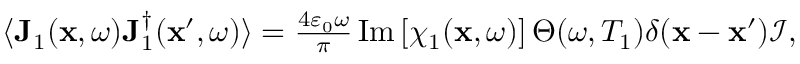
\begin{array} { r } { \langle \mathbf { J } _ { 1 } ( \mathbf { x } , \omega ) \mathbf { J } _ { 1 } ^ { \dagger } ( \mathbf { x } ^ { \prime } , \omega ) \rangle = \frac { 4 \varepsilon _ { 0 } \omega } { \pi } \operatorname { I m } \left[ \chi _ { 1 } ( \mathbf { x } , \omega ) \right] \Theta ( \omega , T _ { 1 } ) \delta ( \mathbf { x } - \mathbf { x } ^ { \prime } ) \mathcal { I } , } \end{array}